Report of an investigation into the causes of malaria in Bombay and the measures necessary for its control
Disease focus: Malaria
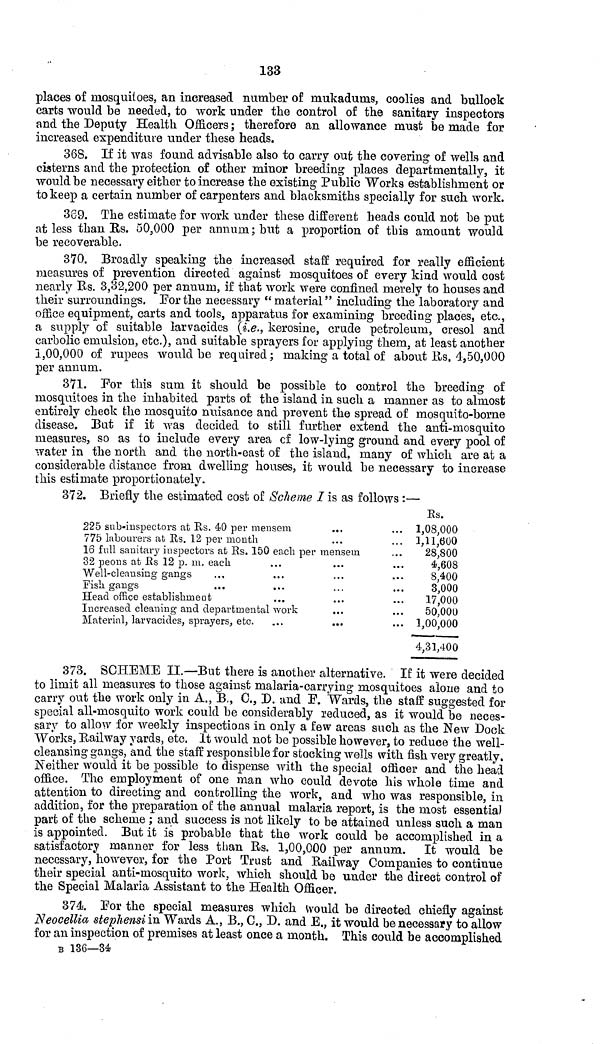
133
places of mosquitoes, an increased number of mukadums, coolies and bullock
carts would be needed, to work under the control of the sanitary inspectors
and the Deputy Health Officers; therefore an allowance must be made for
increased expenditure under these heads.
368. If it was found advisable also to carry out the covering of wells and
cisterns and the protection of other minor breeding places depart mentally, it
would be necessary either to increase the existing Public Works establishment or
to keep a certain number of carpenters and blacksmiths specially for such work.
369. The estimate for work under these different heads could not be put
at less than Rs. 50,000 per annum; but a proportion of this amount would
be recoverable.
370. Broadly speaking the increased staff required for really efficient
measures of prevention directed against mosquitoes of every kind would cost
nearly Rs. 3,32,200 per annum, if that work were confined merely to houses and
their surroundings. For the necessary "material" including the laboratory and
office equipment, carts and tools, apparatus for examining breeding places, etc.,
a supply of suitable larvacides (i.e., kerosine, crude petroleum, cresol and
carbolic emulsion, etc.), and suitable sprayers for applying them, at least another
3,00,000 of rupees would be required; making a total of about Us. 4,50,000
per annum.
371. For this sum it should be possible to control the breeding of
mosquitoes in the inhabited parts of the island in such a manner as to almost
entirely check the mosquito nuisance and prevent the spread of mosquito-borne
disease. But if it was decided to still further extend the anti-mosquito
measures, so as to include every area of low-lying ground and every pool of
water in the north and the north-east of the island, many of which are at a
considerable distance from dwelling houses, it would be necessary to increase
this estimate proportionately.
372. Briefly the estimated cost of Scheme I is as follows :—
225 sub-inspectors at Us. 40 per mensem
.,.
775 labourers at Rs. 12 per month
16 full sanitary inspectors at Rs. 150 each per mensem
32 peons at Rs 12 p. m, each
Well-cleansing gangs
Fish gangs
Head office establishment
Increased cleaning and departmental work
Material, larvacides, sprayers, etc.
Rs.
... 1,08,000
... 1,11,600
28,800
4,608
8,400
3,000
17,000
50,000
... 1,00,000
4,31,400
373. SCHEME II.—But there is another alternative. If it were decided
to limit all measures to those against malaria-carrying mosquitoes alone and to
carry out the work only in A., B., C., D. and F. "Wards, the staff suggested for
special all-mosquito work could be considerably reduced, as it would be neces-
sary to allow for weekly inspections in only a few areas such as the New Dock
Works, Railway yards, etc. It would not be possible however, to reduce the well-
cleansing gangs, and the staff responsible for stocking wells with fish very greatly.
Neither would it be possible to dispense with the special officer and the head
office. The employment of one man who could devote his whole time and
attention to directing and controlling the work, and who was responsible, in
addition, for the preparation of the annual malaria report, is the most essential
part of the scheme ; and success is not likely to be attained unless such a man
is appointed. But it is probable that the work could be accomplished in a
satisfactory manner for less than Rs. 1,00,000 per annum. It would be
necessary, however, for the Port Trust and Railway Companies to continue
their special anti-mosquito work, which should be under the direct control of
the Special Malaria Assistant to the Health Officer.
374.. For the special measures which would be directed chiefly against
Neocellia stephensi in Wards A., B., C, D. and E., it would be necessary to allow
for an inspection of premises at least once a month. This could be accomplished
B 136—34